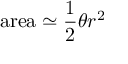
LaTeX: { \mathrm { a r e a } } \simeq { \frac { 1 } { 2 } } \theta r ^ { 2 }